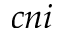
c n i